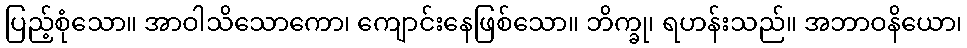
ပြည့်စုံသော။ အာဝါသိသောကော၊ ကျောင်းနေဖြစ်သော။ ဘိက္ခု၊ ရဟန်းသည်။ အဘာဝနိယော၊